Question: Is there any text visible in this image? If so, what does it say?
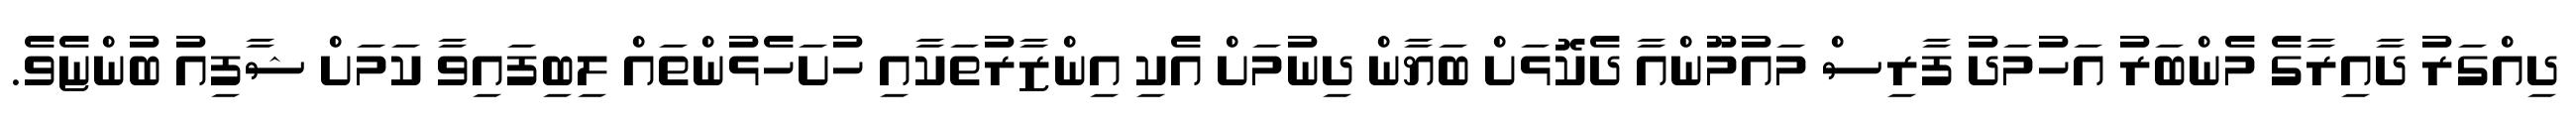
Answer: ދިއްގަރު ދާއިރާގެ މެންބަރު އަހުމަދު ފާރިސް މައުމޫންއާ ދެކޮޅަށް ބަޔާން ދިނުމަށް އެކި އިންޒާރުތަކާއި ހުށަހެޅުންތައް ލިބިފައިވާ ކަމަށް ޝާފިއު ބުންޏެވެ.